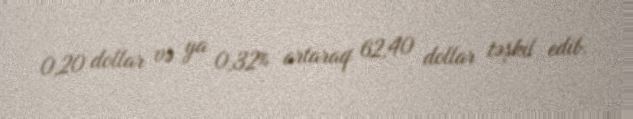
0,20 dollar və ya 0,32% artaraq 62,40 dollar təşkil edib.